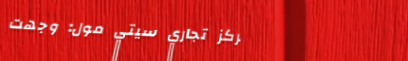
مركز تجاري سيتي مول: وجهت